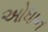
ઓધાન